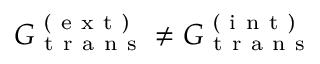
G _ { \mathrm { ~ t ~ r ~ a ~ n ~ s ~ } } ^ { \mathrm { ~ ( ~ e ~ x ~ t ~ ) ~ } } \neq G _ { \mathrm { ~ t ~ r ~ a ~ n ~ s ~ } } ^ { \mathrm { ~ ( ~ i ~ n ~ t ~ ) ~ } }